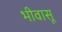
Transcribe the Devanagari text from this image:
भीवासू